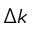
\Delta k